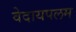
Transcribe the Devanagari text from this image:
वेदायपलम